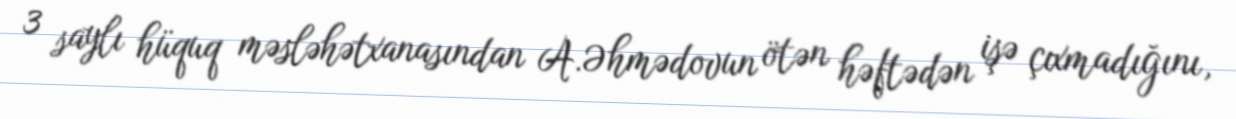
3 saylı hüquq məsləhətxanasından A.Əhmədovun ötən həftədən işə çıxmadığını,